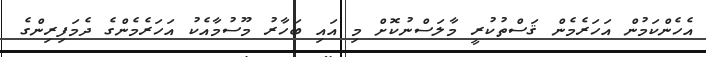
އެހެންކަމުން އަހަރެމެން ޤަސްތުކުރީ މާލަސްނުކޮށް މި އައި ބަހާރު މޫސުމާއެކު އަހަރެމެންގެ ދެމަފިރިންގެ